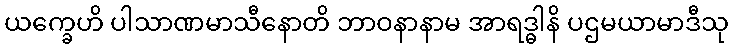
ယက္ခေဟိ ပါသာဏမာသီနောတိ ဘာဝနာနာမ အာရဒ္ဓါနိ ပဌမယာမာဒီသု